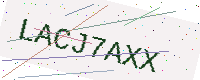
Text: LACJ7AXX